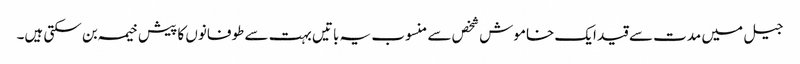
جیل میں مدت سے قید ایک خاموش شخص سے منسوب یہ باتیں بہت سے طوفانوں کا پیش خیمہ بن سکتی ہیں۔